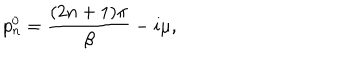
p _ { n } ^ { 0 } = \frac { ( 2 n + 1 ) \pi } { \beta } - i \mu ,